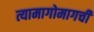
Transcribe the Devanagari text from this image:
त्यामागोमागची